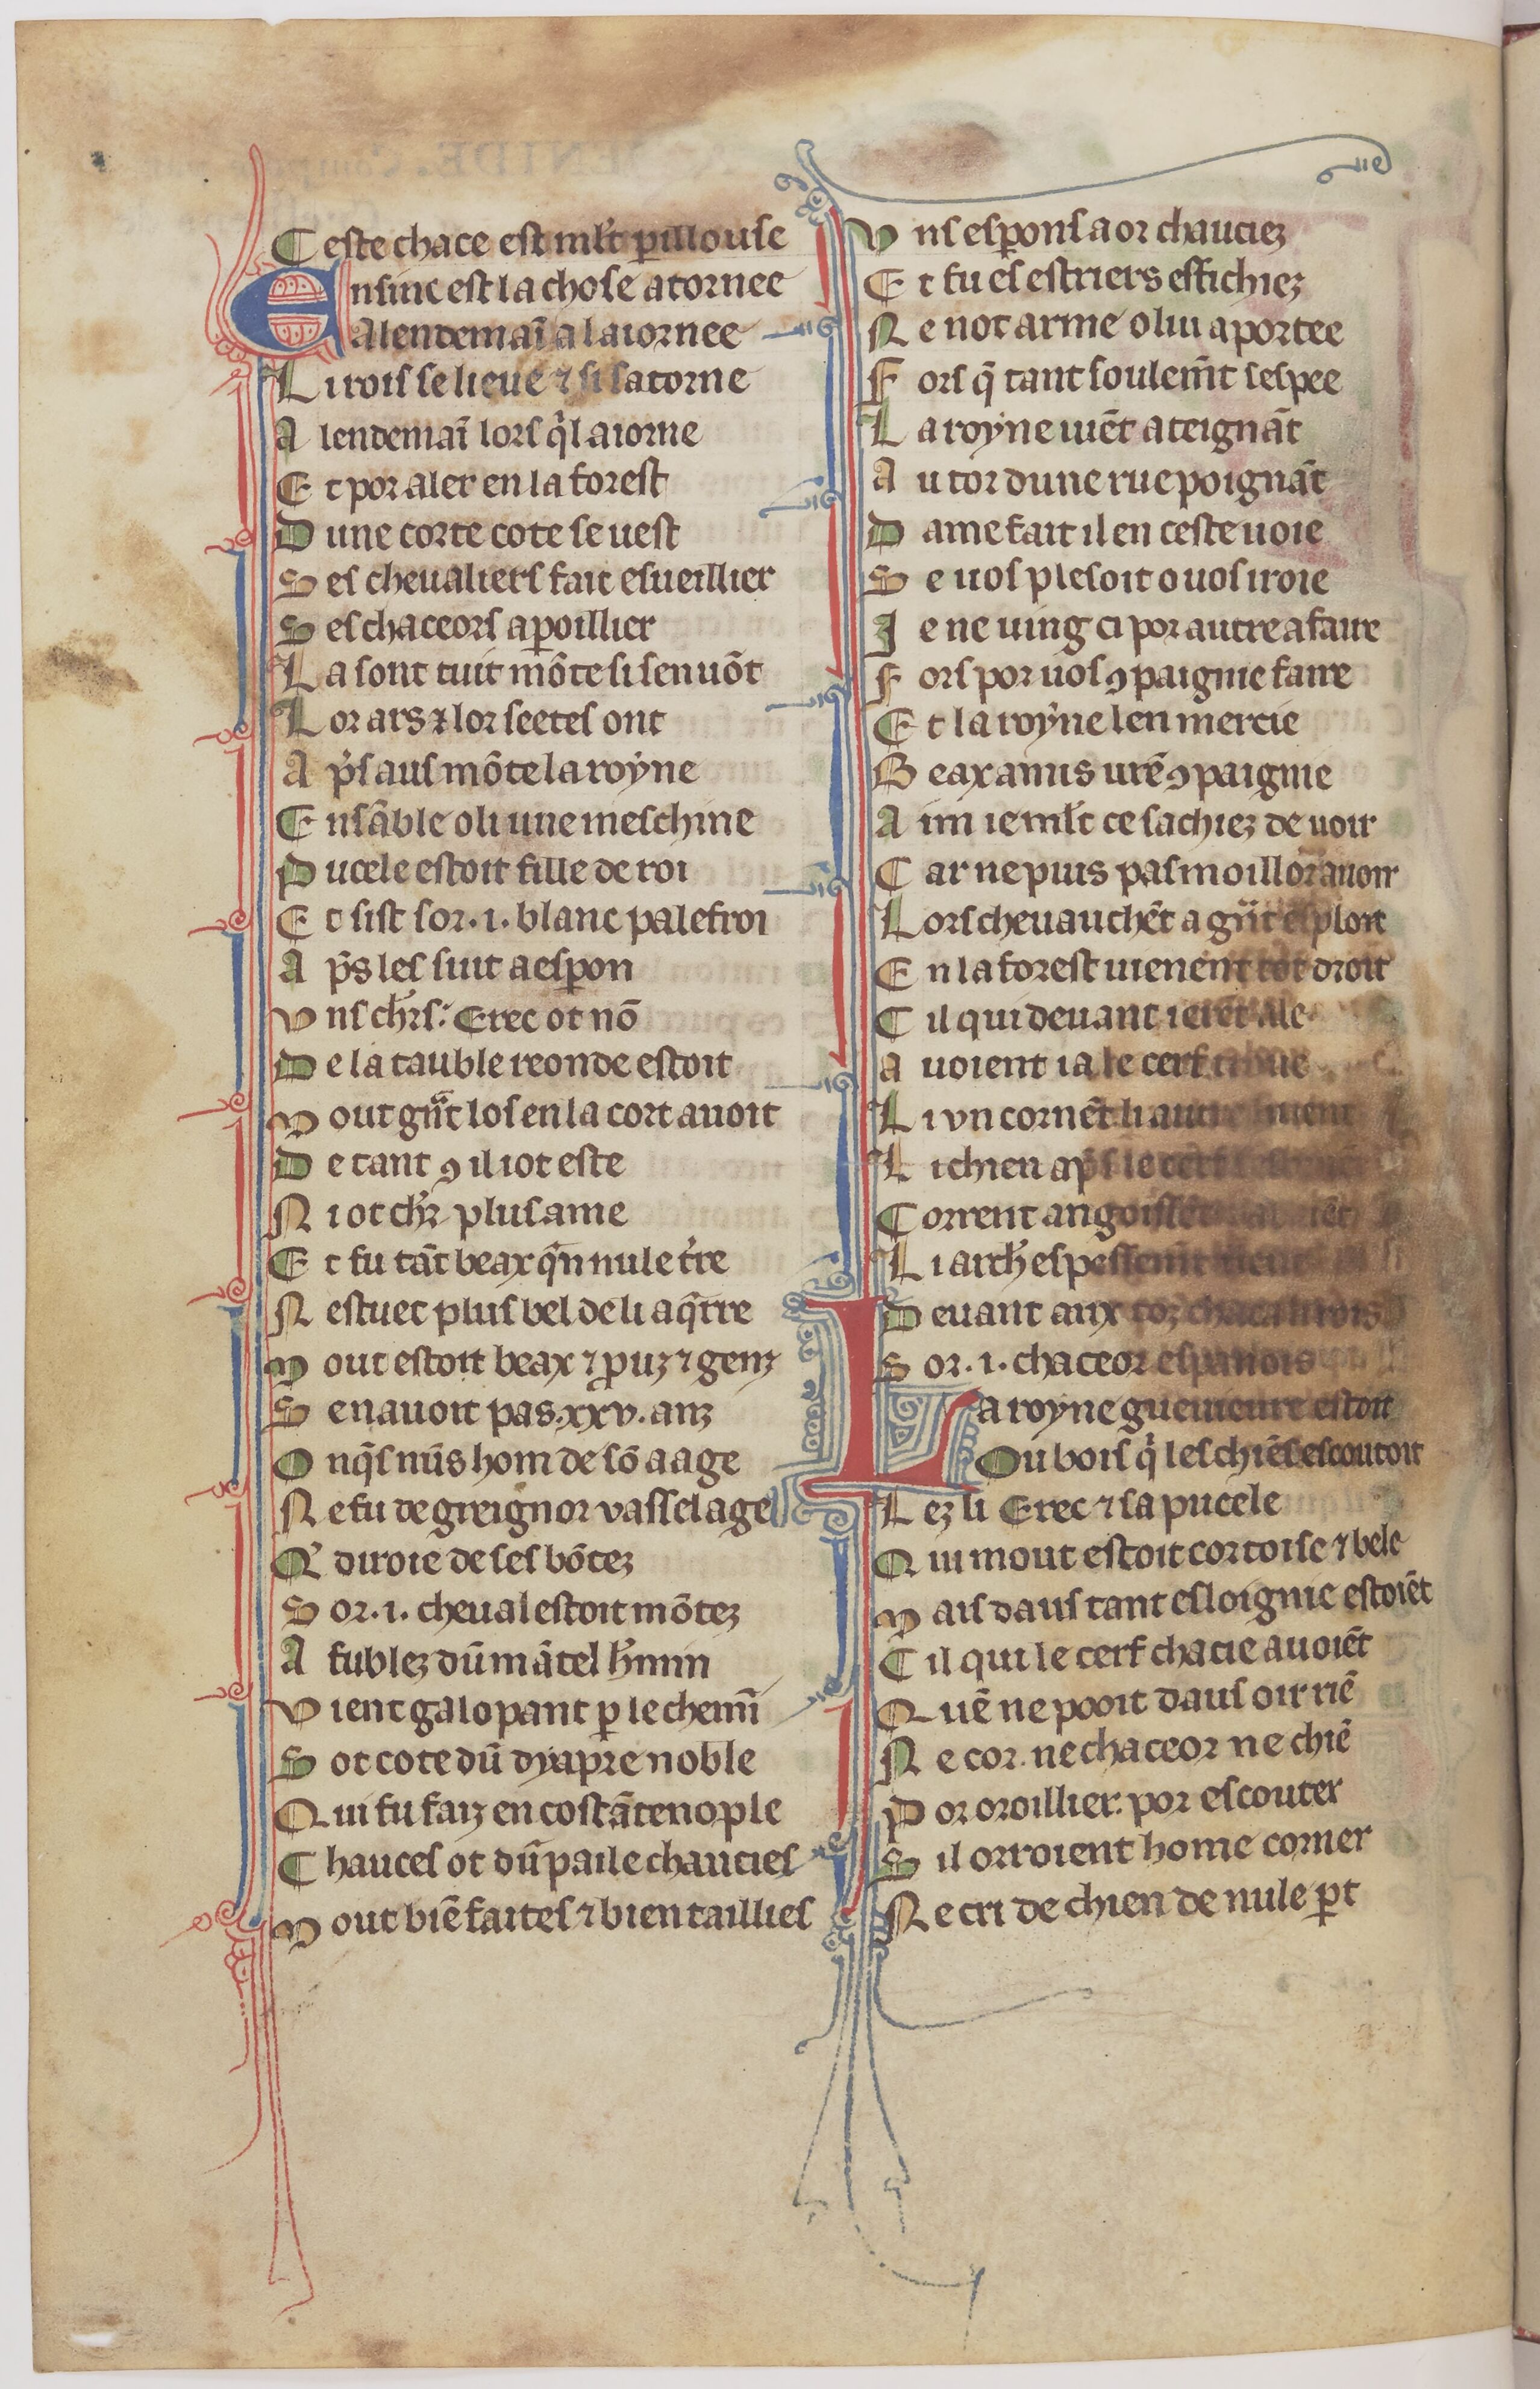
Shelfmark: Paris, BnF, fr. 1376
Century: 14